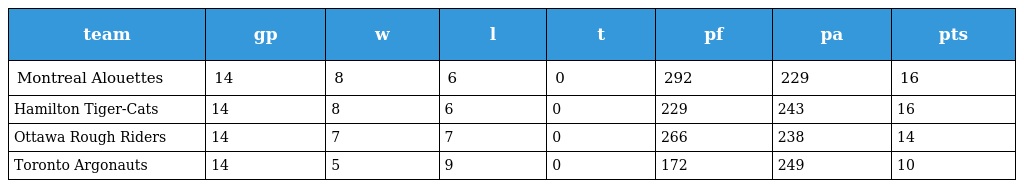
| team | gp | w | l | t | pf | pa | pts |
 | --- | --- | --- | --- | --- | --- | --- | --- |
 | Montreal Alouettes | 14 | 8 | 6 | 0 | 292 | 229 | 16 |
 | Hamilton Tiger-Cats | 14 | 8 | 6 | 0 | 229 | 243 | 16 |
 | Ottawa Rough Riders | 14 | 7 | 7 | 0 | 266 | 238 | 14 |
 | Toronto Argonauts | 14 | 5 | 9 | 0 | 172 | 249 | 10 |